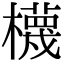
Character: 櫗